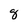
Character: 8